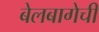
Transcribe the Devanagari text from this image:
बेलबागेची